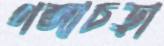
গঙ্গাচড়া